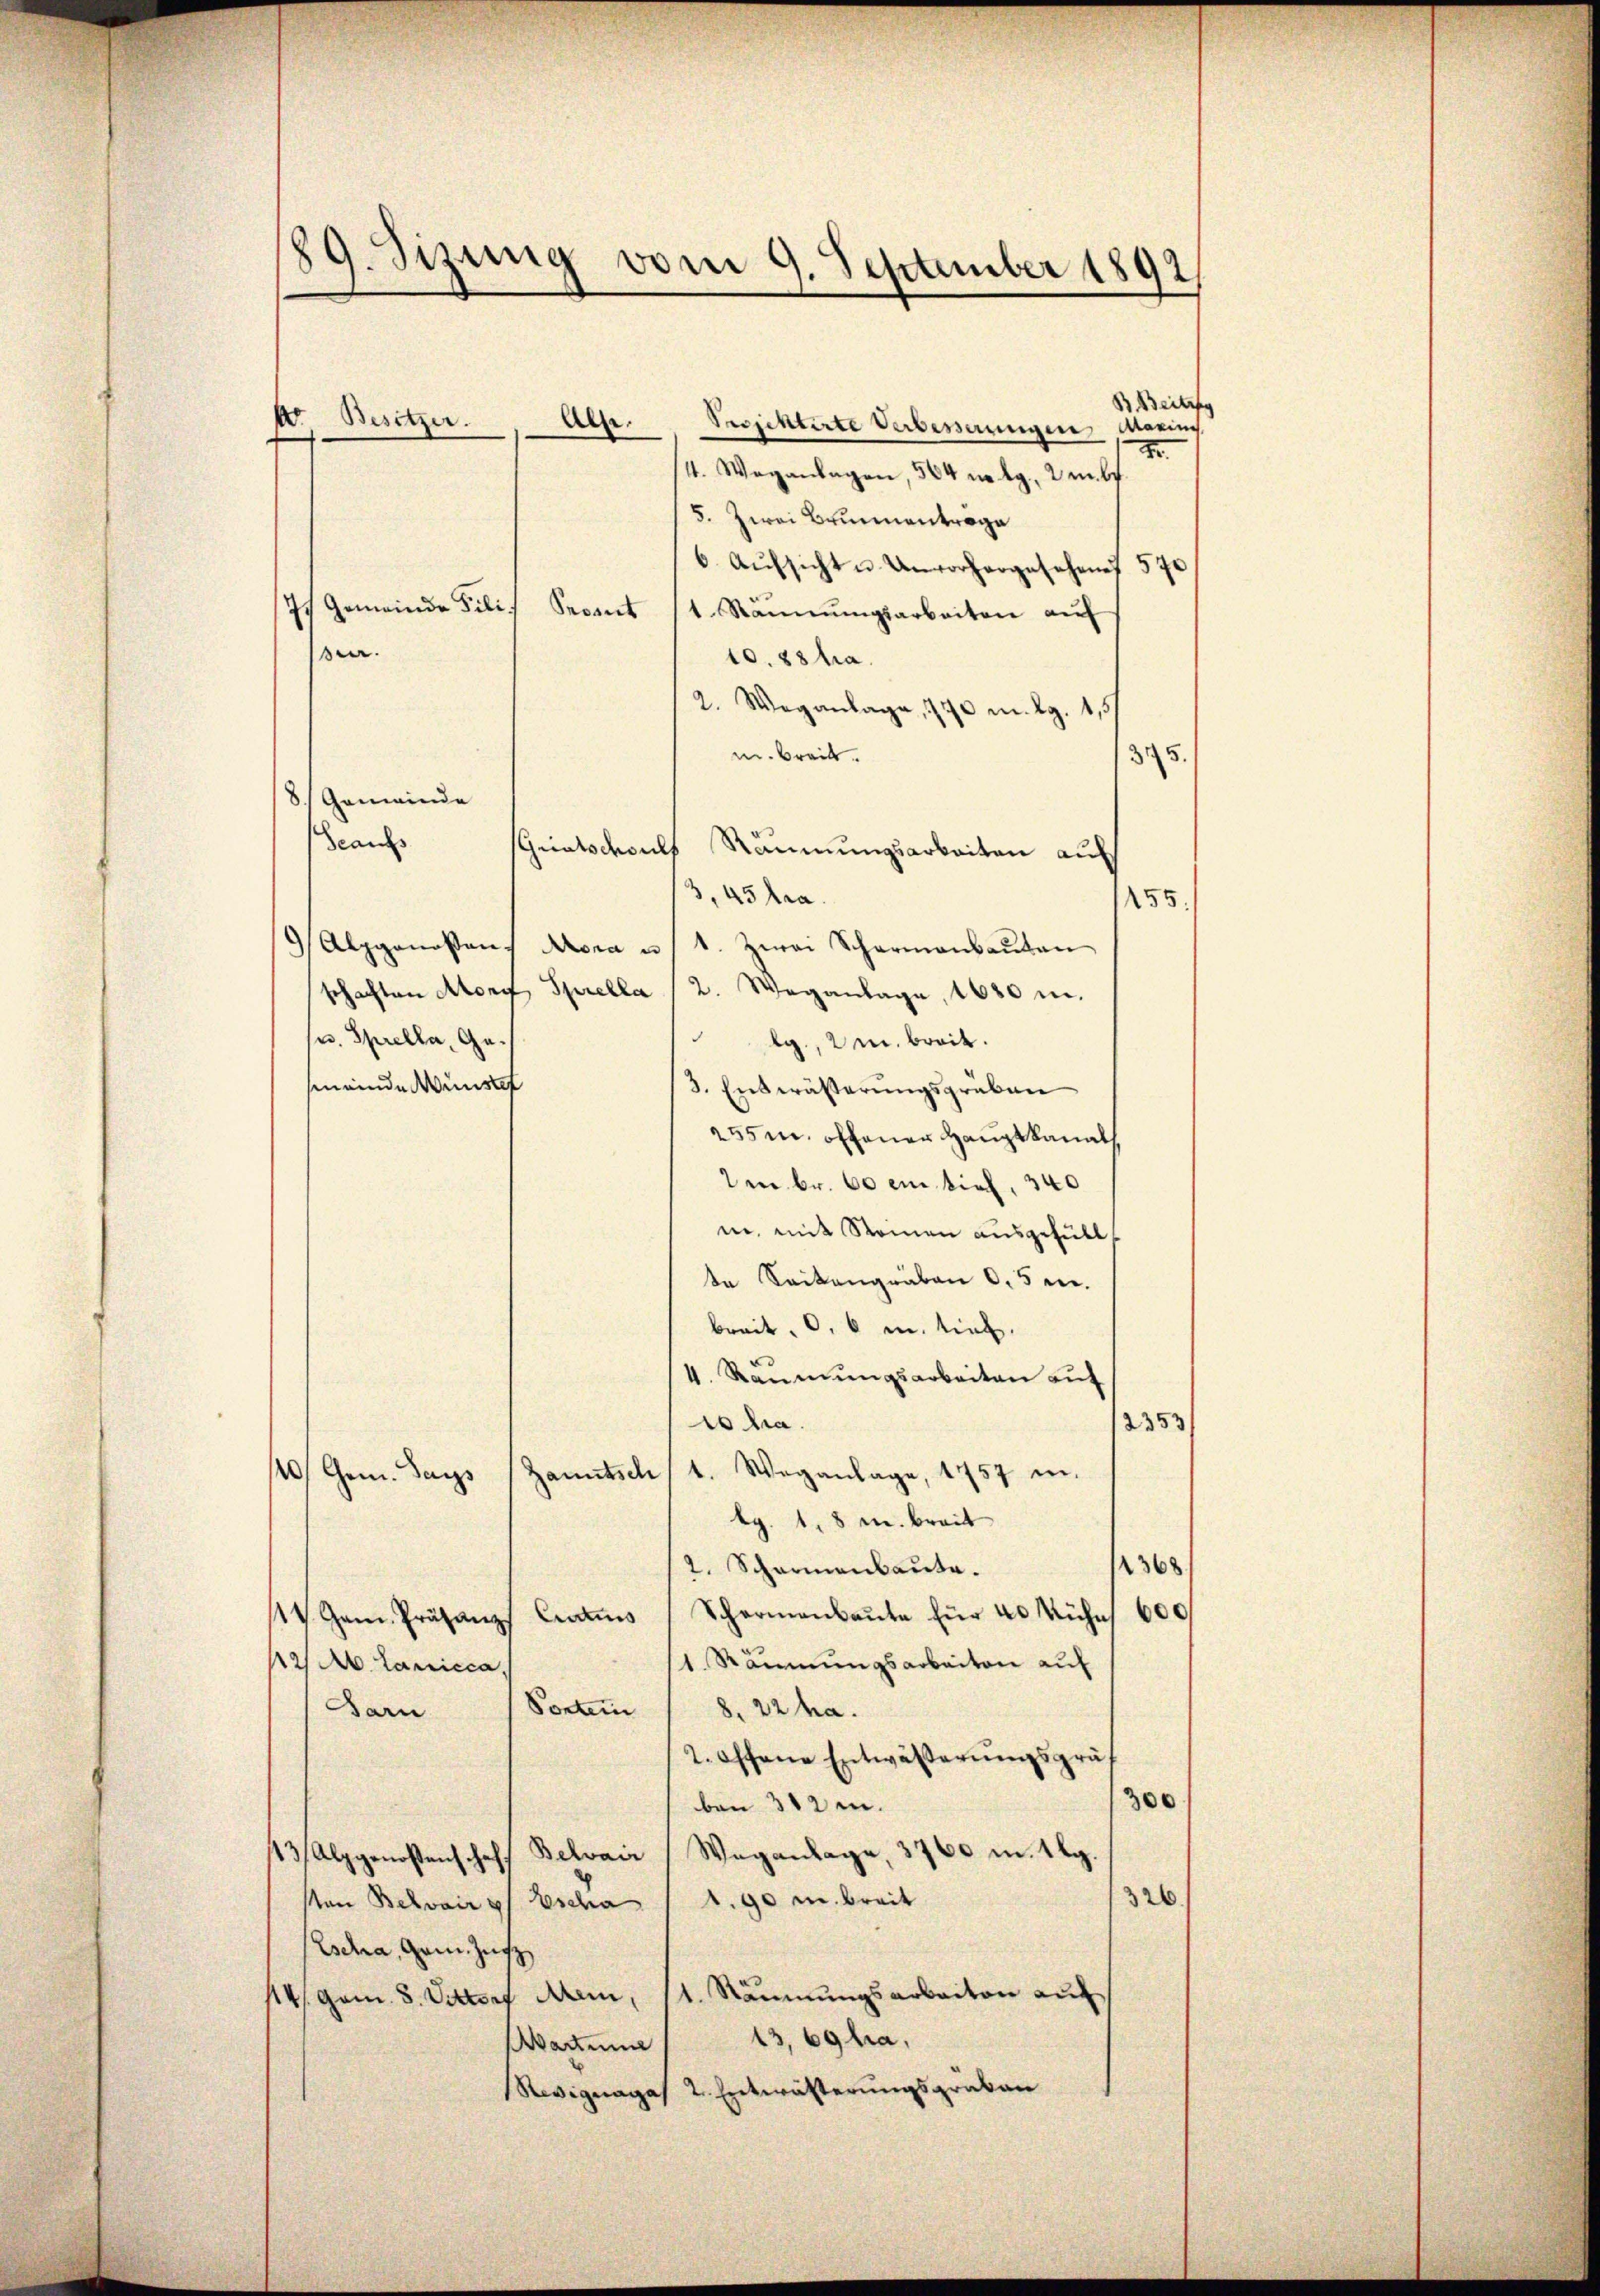
89. Sizung vom 9. September 1892

A. Besitzer.
Al.

B. Beitr
Projektirte Verbesserungen Marins
2.
4. Weganlagen, 564 n kg. Umb
5. Zwei Brunnentrage
6. Aŭfsicht u. Unvorhergesehen 570
g
 Gemeinde Fili¬
Sepent 11. Namnŭngsarbeiten aŭf
e.
10.88 ha.
2. Weganlage, 170 m. lg. 415
m. Breit.
3
8. Gemeinde
Scaus
Griatsdoul
Räumungsarbeiten auf
3,45 tra
155.
 Alpgenoßen Mora u 1. Zwei Scharmanbaŭten
schaften Abony, Sprella (2. Weganlage, 1680 m.
u. Sprella, Gelg., m. breit.
smeinde Wünstef
3. Entwässerungsgruben
255m offener Hauptkanals
mn Fr. 60 ein tief, 340
in, mit Romen ausgefüll
te Seitengraben 0,5 mn.
breit, d. 6 u. tief.
4. Räumungsarbeiten auf
cha.
2353/
Zanntscht. Weganlage, 1757 in
120/Gem. Pays
bg. 1,8m breit
2368
2. Scharnenbaute.
V Gam. Präsenz Commis Schermanbaŭte für 40 Kühn 600
1 Räumungsarbeiten auf
2) A. Lanicca,
Vorten
Garn
8, 22 ha.
2. Offene Entwäßerungsgräf
300
ben 312 m.
13/ Alpgenoßenschaft Belvair Weganlage, 3760 m. 1 g.
326
sten Belvaires Escha 1 S. 90 m breit
Escha, Gem. Zus
14/. Gam. 8. Vittorf Men, 11. Räumungsarbeiten auf
13, 69 hia,
Aarzume
Resignages 2. Entwästerungsgruben